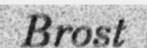
Brost